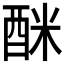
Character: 𮠩